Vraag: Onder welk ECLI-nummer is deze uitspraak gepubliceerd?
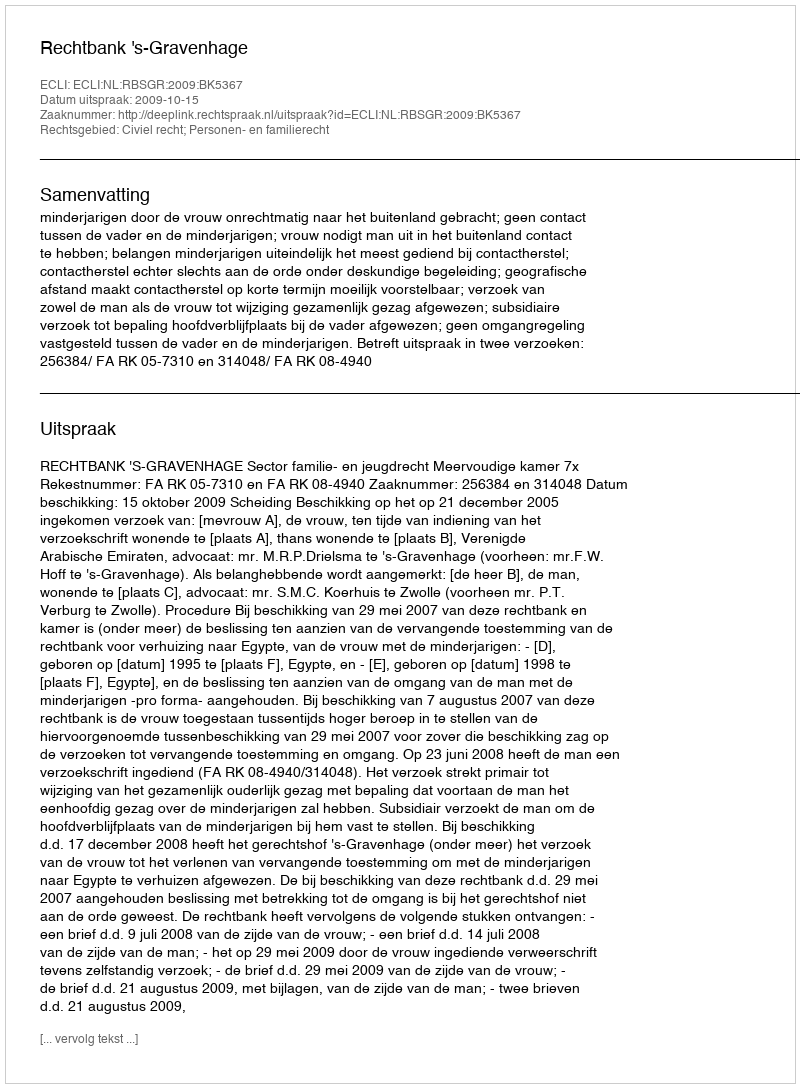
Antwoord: ECLI:NL:RBSGR:2009:BK5367